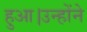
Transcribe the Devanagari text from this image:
हुआ।उन्होंने